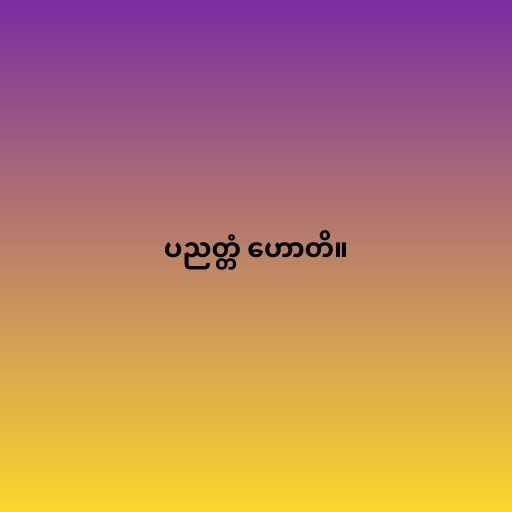
ပညတ္တံ ဟောတိ။